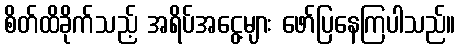
စိတ်ထိခိုက်သည့် အရိပ်အငွေ့များ ဖော်ပြနေကြပါသည်။